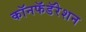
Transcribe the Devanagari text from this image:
कॉनफॅडॅरेशन